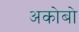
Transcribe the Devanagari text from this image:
अकोबो